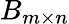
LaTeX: B_{m\times n}